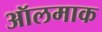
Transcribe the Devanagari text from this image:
ऑलमाक